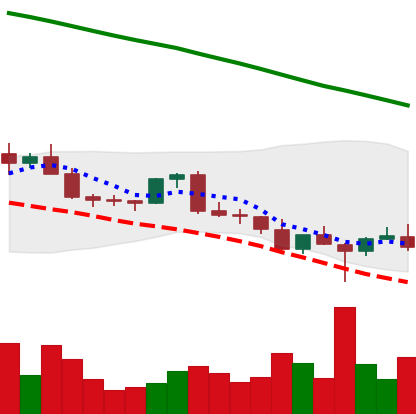
Ticker: EOS-USD
Chart end date: 2022-02-27
Forward return: -4.318%
Label: down_3_5